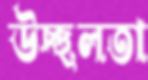
উচ্ছলতা